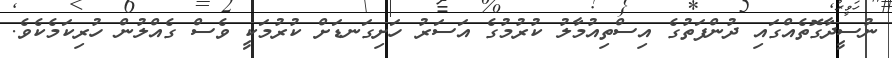
ނުސީދާގޮތެއްގައި ދުންފަތުގެ އިސްތިއުމާލު ކުރުމުގެ އަސަރު ހަށިގަނޑަށް ކުރުމަކީ ވެސް ގެއްލުން ހުރިކަމެކެވެ.